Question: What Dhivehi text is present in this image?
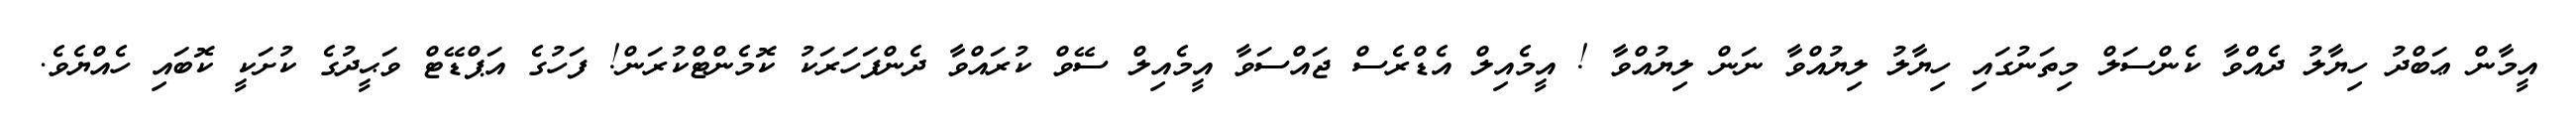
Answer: އީމާން ޢަބްދު ހިޔާލު ދެއްވާ ކެންސަލް މިތަނުގައި ހިޔާލު ލިޔުއްވާ ނަން ލިޔުއްވާ ! އީމެއިލް އެޑްރެސް ޖައްސަވާ އީމެއިލް ސޭވް ކުރައްވާ ދެންފަހަރަކު ކޮމެންޓްކުރަން! ފަހުގެ އަޕްޑޭޓް ވަޙީދުގެ ކުށަކީ ކޮބައި ހެއްޔެވެ.